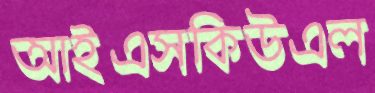
আইএসকিউএল